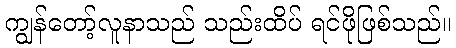
ကျွန်တော့်လူနာသည် သည်းထိပ် ရင်ဖိုဖြစ်သည်။